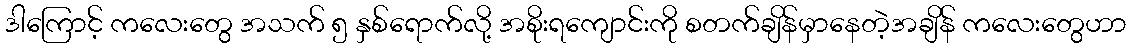
ဒါကြောင့် ကလေးတွေ အသက် ၅ နှစ်ရောက်လို့ အစိုးရကျောင်းကို စတက်ချိန်မှာနေတဲ့အချိန် ကလေးတွေဟာ